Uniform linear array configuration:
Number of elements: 16
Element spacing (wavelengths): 0.75
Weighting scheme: hamming
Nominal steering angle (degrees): -45
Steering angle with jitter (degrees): -46.006
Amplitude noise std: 0.05
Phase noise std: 0.05

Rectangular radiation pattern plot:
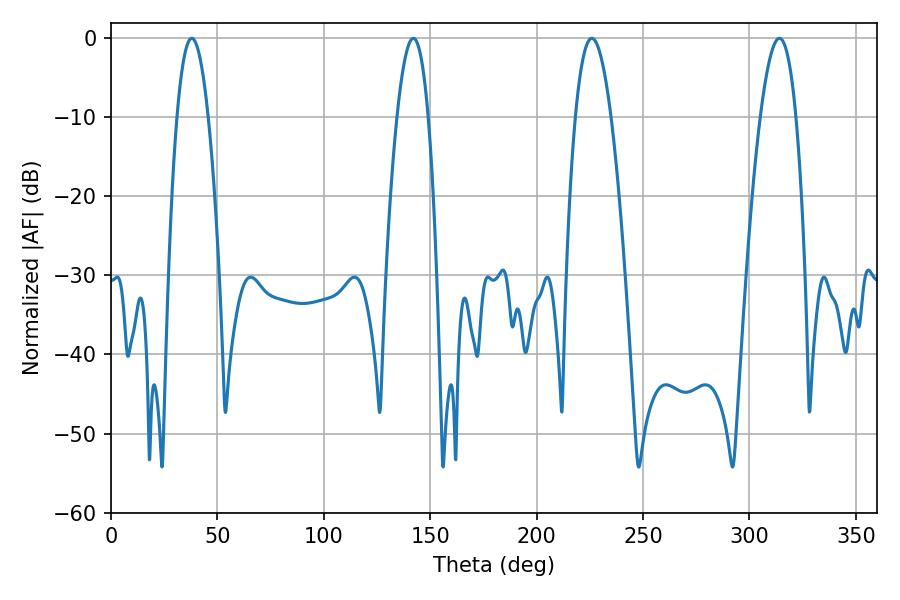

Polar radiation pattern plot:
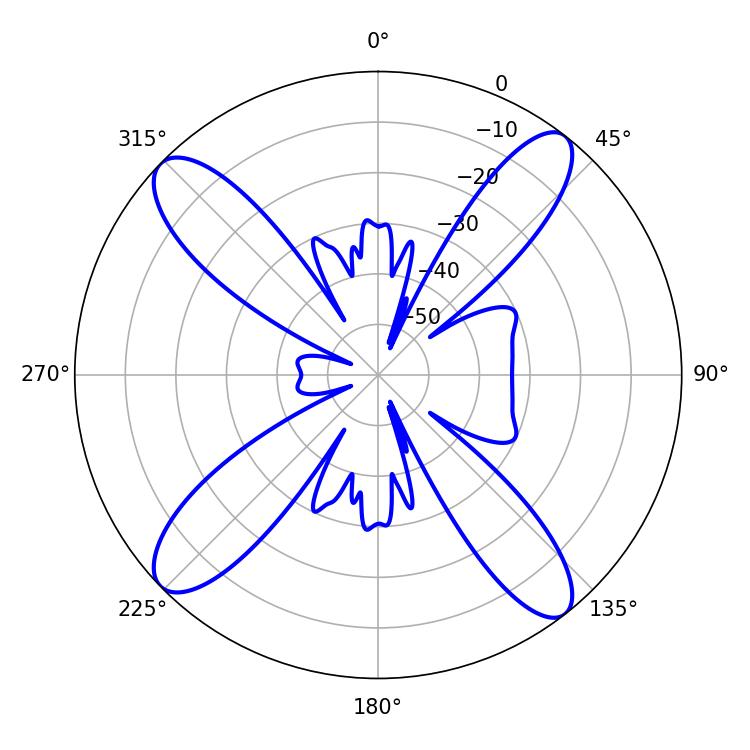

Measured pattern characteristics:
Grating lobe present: TRUE
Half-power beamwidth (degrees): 9.18
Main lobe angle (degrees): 225.9